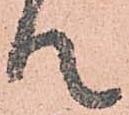
て